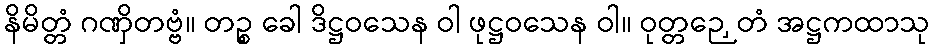
နိမိတ္တံ ဂဏှိတဗ္ဗံ။ တဉ္စ ခေါ ဒိဋ္ဌဝသေန ဝါ ဖုဋ္ဌဝသေန ဝါ။ ဝုတ္တဉှေတံ အဋ္ဌကထာသု